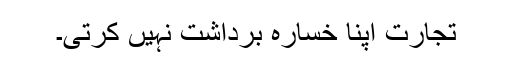
تجارت اپنا خسارہ برداشت نہیں کرتی۔